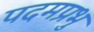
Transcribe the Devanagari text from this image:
पदमप्रभु